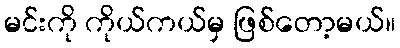
မင်းကို ကိုယ်ကယ်မှ ဖြစ်တော့မယ်။